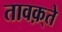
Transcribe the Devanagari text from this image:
तावक़्ते